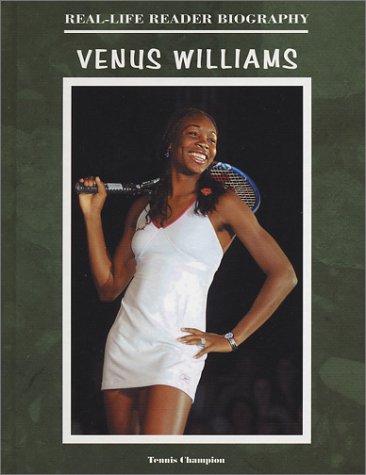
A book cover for Venus Williams (Real-Life Reader Biography); John Bankston; Children's Books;